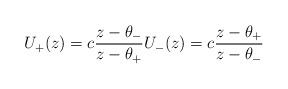
LaTeX: \begin{align*}U_+(z)=c\frac{z-\theta_-}{z-\theta_+} U_-(z)=c\frac{z-\theta_+}{z-\theta_-}\end{align*}